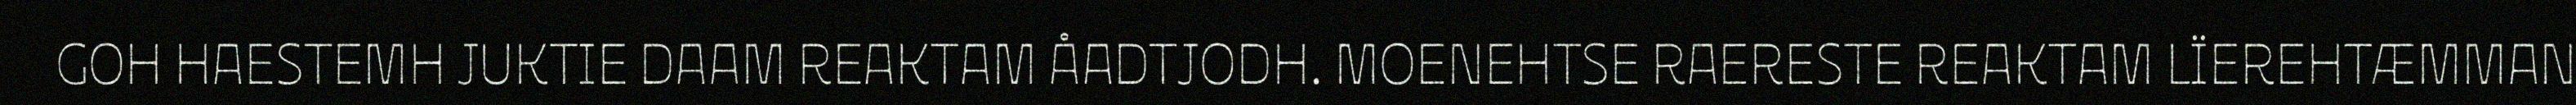
GOH HAESTEMH JUKTIE DAAM REAKTAM ÅADTJODH. MOENEHTSE RAERESTE REAKTAM LÏEREHTÆMMAN